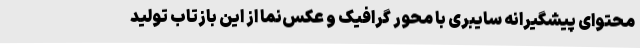
محتوای پیشگیرانه سایبری با محور گرافیک و عکس‌نما از این بازتاب تولید